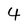
Character: 4